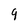
Character: 9